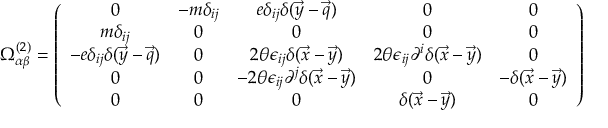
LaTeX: \Omega _ { \alpha \beta } ^ { ( 2 ) } = \left( \begin{array} { c c c c c } { { 0 } } & { { - m \delta _ { i j } } } & { { e \delta _ { i j } \delta ( \vec { y } - \vec { q } ) } } & { { 0 } } & { { 0 } } \\ { { m \delta _ { i j } } } & { { 0 } } & { { 0 } } & { { 0 } } & { { 0 } } \\ { { - e \delta _ { i j } \delta ( \vec { y } - \vec { q } ) } } & { { 0 } } & { { 2 \theta \epsilon _ { i j } \delta ( \vec { x } - \vec { y } ) } } & { { 2 \theta \epsilon _ { i j } \partial ^ { i } \delta ( \vec { x } - \vec { y } ) } } & { { 0 } } \\ { { 0 } } & { { 0 } } & { { - 2 \theta \epsilon _ { i j } \partial ^ { j } \delta ( \vec { x } - \vec { y } ) } } & { { 0 } } & { { - \delta ( \vec { x } - \vec { y } ) } } \\ { { 0 } } & { { 0 } } & { { 0 } } & { { \delta ( \vec { x } - \vec { y } ) } } & { { 0 } } \end{array} \right)